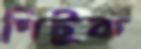
পিটুক